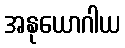
အနုယောဂါယ